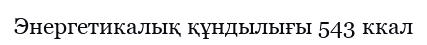
Энергетикалық құндылығы 543 ккал